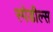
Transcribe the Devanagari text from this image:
स्पेडील्स